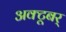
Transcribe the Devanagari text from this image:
अक्टूबर्